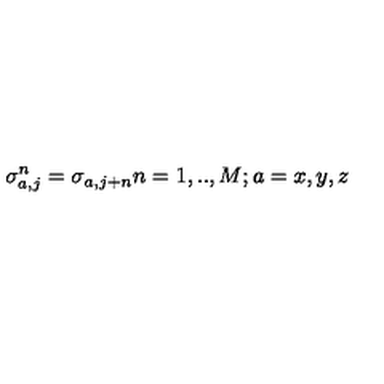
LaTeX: \sigma _ { a , j } ^ { n } = \sigma _ { a , j + n } n = 1 , . . , M ; a = x , y , z